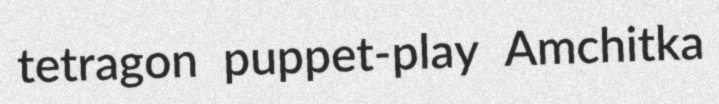
tetragon puppet-play Amchitka